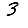
Digit: 3